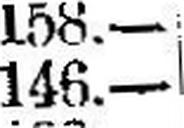
146.—